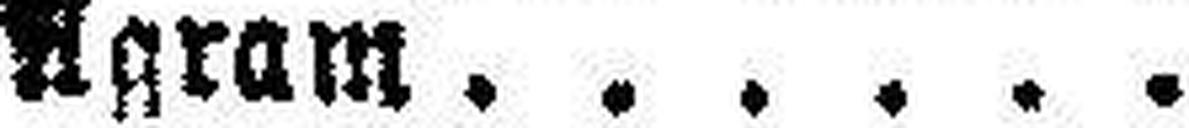
###gram.